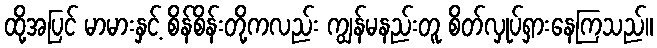
ထို့အပြင် မာမားနှင့် စိန်စိန်းတို့ကလည်း ကျွန်မနည်းတူ စိတ်လှုပ်ရှားနေကြသည်။